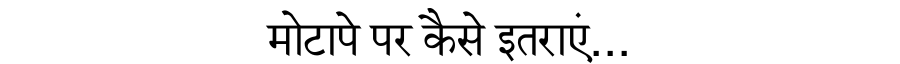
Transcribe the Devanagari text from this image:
मोटापे पर कैसे इतराएं...